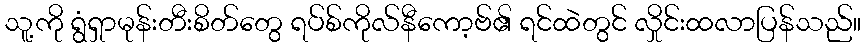
သူ့ကို ရွံရှာမုန်းတီးစိတ်တွေ ရပ်စ်ကိုလ်နီကော့ဗ်၏ ရင်ထဲတွင် လှိုင်းထလာပြန်သည်။